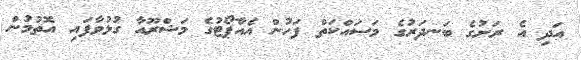
އަދި އެ ރަށުގެ ބަނދަރުގެ މަސައްކަތް ފަހުން އެއާޕޯޓުގެ މަޝްރޫއާ ގުޅުވާފައި އޮތުމުން